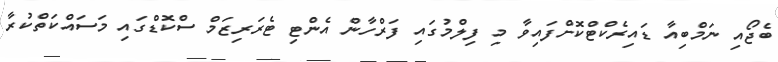
ބެޖޯއި ނަމްބިއާ ޑައިރެކްޓްކޮށްފައިވާ މި ފިލްމުގައި ފަރްހާން އެންޓި ޓެރަރިޒަމް ސްކޮޑްގައި މަސައްކަތްކުރާ